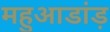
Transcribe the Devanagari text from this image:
महुआडांड़